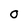
Character: 0